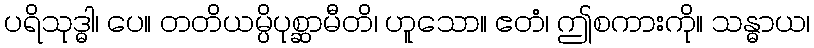
ပရိသုဒ္ဓါ၊ ပေ။ တတိယမ္ပိပုစ္ဆာမီတိ၊ ဟူသော။ ဧတံ၊ ဤစကားကို။ သန္ဓာယ၊